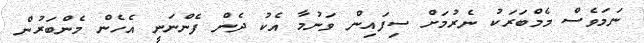
ނަމަވެސް މެމްބަރަކު ނެރުމަށް ސިފައިން ވަނުމާ އެކު ދެން ފެންނަނީ އެހެން މެންބަރުން